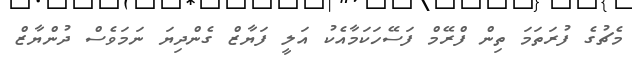
މެޗުގެ ފުރަތަމަ ތިން ފްރޭމް ފަސޭހަކަމާއެކު އަލީ ފަޔާޒް ގެންދިޔަ ނަމަވެސް ދުންޔާޒް